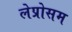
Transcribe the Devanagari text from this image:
लेप्रोसम